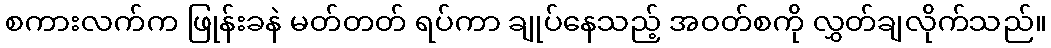
စကားလက်က ဖြုန်းခနဲ မတ်တတ် ရပ်ကာ ချုပ်နေသည့် အဝတ်စကို လွှတ်ချလိုက်သည်။